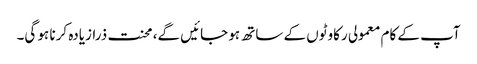
آپ کے کام معمولی رکاوٹوں کے ساتھ ہو جائیں گے، محنت ذرازیادہ کرنا ہو گی۔